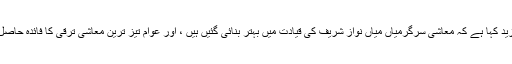
شریف نے مزید کہا ہے کہ معاشی سرگرمیاں میاں نواز شریف کی قیادت میں بہتر بنائی گئیں ہیں ، اور عوام تیز ترین معاشی ترقی کا فائدہ حاصل کر رہےہیں۔